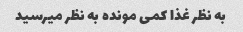
به نظر غذا کمی مونده به نظر میرسید